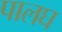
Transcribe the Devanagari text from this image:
पालघ